Vaccination in the Punjab 1897-1904 - 1897-1904
Year: 1897
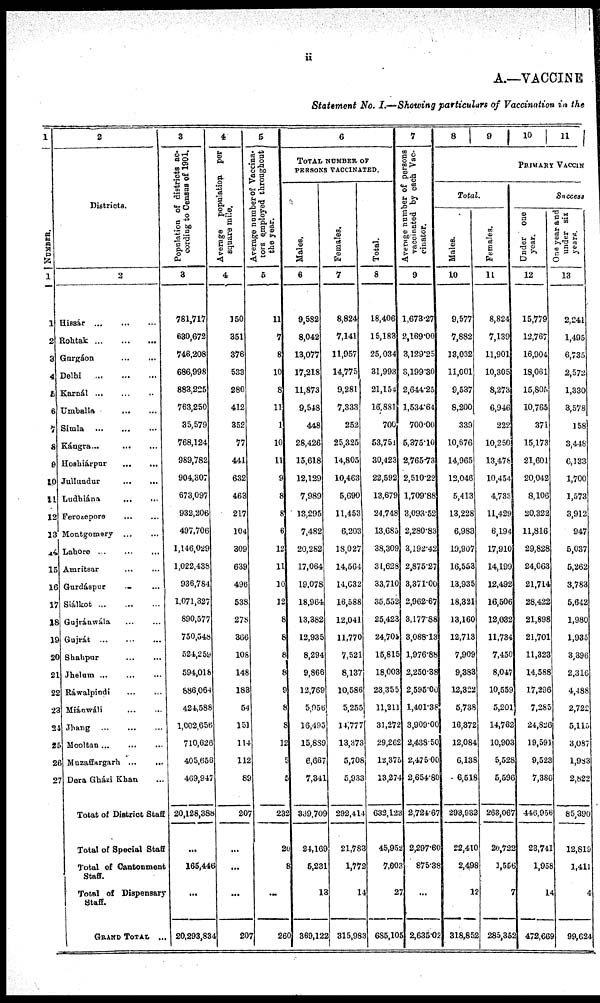
ii
A.—VACCNE
Statement No. I.—Showing particulars of Vaccination in the
1
NUMBER.
1
1
2
3
4
5
6
7
8
9
10
11
12
13
14
15
16
17
18
19
20
21
22
23
24
25
26
27
2
Districts.
2
Hissár
...
...
...
Rohtak
...
...
...
Gurgáon
...
...
Delhi
...
...
...
Karnál
...
...
...
Umballa ... ...
Simla ... ... ...
Kángra
...
...
...
Hoshiárpur
...
...
Jullundur
...
...
Ludhiána
...
...
Ferozepore
...
...
Montgomery ... ...
Lahore
...
...
...
Amritsar ... ...
Gurdáspur ... ...
Siálkot
...
...
...
Gujránwála ... ...
Gujrát
...
...
...
Shahpur
...
...
Jhelum
...
...
...
Ráwalpindi ... ...
Miánwáli ... ...
Jhang
...
...
...
Mooltan ... ... ...
Muzaffargarh
...
...
Dera Gházi Khan ...
Totat of District Staff
Total of Special Staff
Total of Cantonment
Staff.
Total of Dispensary
Staff.
GRAND TOTAL ...
3
Population of districts ac-
cording to Census of 1901.
3
781,717
630,672
746,208
686,998
883,225
763,250
35,579
768,124
989,782
904,307
673,097
932,206
497,706
1,146,029
1,022,438
936,784
1,071,327
890,577
750,548
524,259
594,018
886,064
424,588
1,002,656
710,626
405,656
469,947
20,128,388
...
165,446
...
20,293,834
4
Average
population per
square mile.
4
150
351
376
533
280
412
352
77
441
632
463
217
104
309
639
496
538
278
366
108
148
183
54
151
114
112
89
207
...
...
...
207
5
Average number of Vaccina-
tors employed throughout
the year.
5
11
7
8
10
8
11
1
10
11
9
8
8
6
12
11
10
12
8
8
8
8
9
8
8
12
5
5
232
20
8
...
260
6
TOTAL NUMBER OF
PERSONS VACCINATED.
Males.
6
9,582
8,042
13,077
17,218
11,873
9,548
448
28,426
15,618
12,129
7,989
13,295
7,482
20,282
17,064
19,078
18,964
13,382
12,935
8,294
9,866
12,769
5,956
16,495
15,889
6,667
7,341
339,709
24,169
5,231
13
369,122
Females.
7
8,824
7,141
11,957
14,775
9,281
7,333
252
25,325
14,805
10,463
5,690
11,453
6,203
18,027
14,564
14,632
16,588
12,041
11,770
7,521
8,137
10,586
5,255
14,777
13,373
5,708
5,933
292,414
21,783
1,772
14
315,983
Total.
8
18,406
15,183
25,034
31,993
21,154
16,881
700
53,751
30,423
22,592
13,679
24,748
13,685
38,309
31,628
33,710
35,552
25,423
24,705
15,815
18,003
23,355
11,211
31,272
29,262
12,375
13,274
632,123
45,952
7,003
27
685,105
7
Average number of persons
vaccinated by each Vac-
cinator.
9
1,673.27
2,169.00
3,129.25
3,199.30
2,644.25
1,534.64
700.00
5,375.10
2,765.73
2,510.22
1,709.88
3,093.52
2,280.83
3,192.42
2,875.27
3,371.00
2,962.67
3,177.88
3,088.13
1,976.88
2,250.38
2,595.00
1,401.38
3,909.00
2,438.50
2,475.00
2,654.80
2,724.67
2,297.60
875.38
...
2,635.02
8
9
10 11
PRIMARY VACCIN
Total.
Males.
10
9,577
7,882
13,032
11,001
9,537
8,200
339
10,676
14,965
12,046
5,413
13,228
6,983
19,907
16,553
13,935
18,321
13,160
12,713
7,909
9,383
12,322
5,738
16,372
12,084
6,138
6,518
293,932
22,410
2,498
12
318,852
Females.
11
8,824
7,139
11,901
10,305
8,273
6,946
222
10,250
13,478
10,454
4,733
11,429
6,194
17,910
14,199
12,492
16,506
12,032
11,734
7,450
8,047
10,559
5,201
14,762
10,903
5,528
5,596
263,067
20,722
1,556
7
285,352
Success
Under one
year.
12
15,779
12,767
16,904
18,061
15,805
10,765
371
15,173
21,601
20,042
8,106
20,322
11,816
29,828
24,063
21,714
28,422
21,898
21,701
11,323
14,588
17,296
7,285
24,826
19,591
9,523
7,386
446,956
23,741
1,958
14
472,669
One year and
under six
years.
13
2,241
1,495
6,735
2,572
1,330
3,578
158
3,448
6,133
1,700
1,573
3,912
947
5,037
5,262
3,783
5,642
1,980
1,935
3,396
2,316
4,488
2,722
5,115
3,087
1,983
2,822
85,390
12,819
1,411
4
99,624